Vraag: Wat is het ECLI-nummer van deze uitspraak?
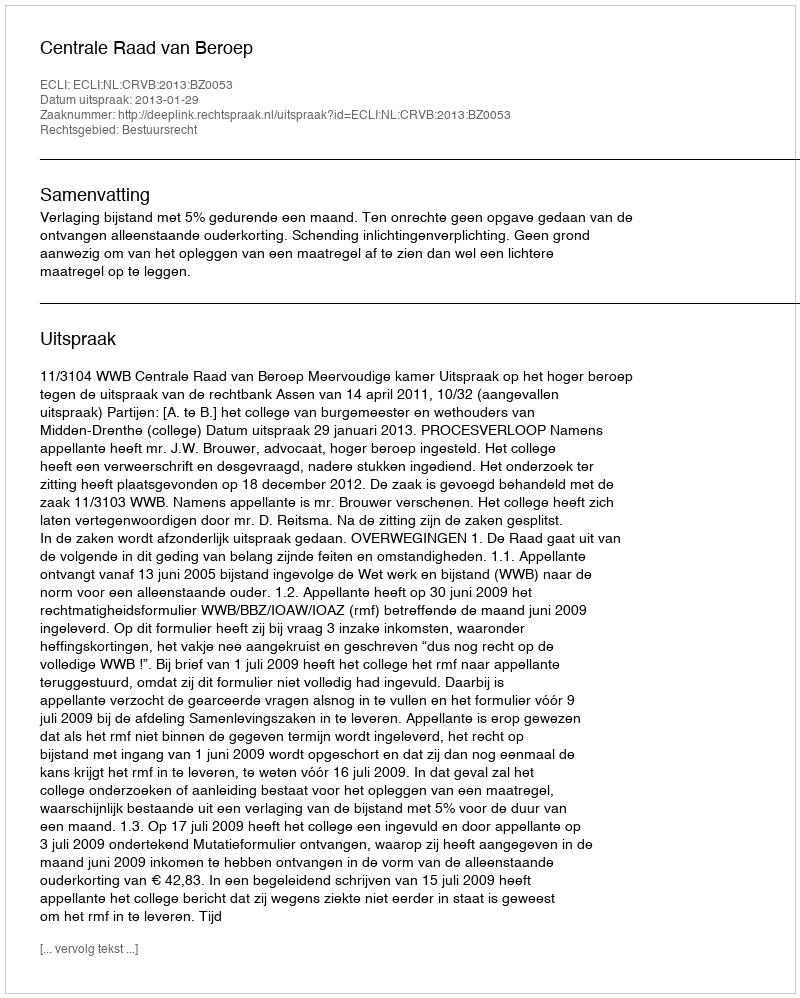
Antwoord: ECLI:NL:CRVB:2013:BZ0053